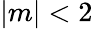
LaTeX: |m|<2